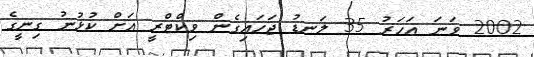
2002 ވަނަ އަހަރު 35 ލަނޑު ޖަހައިގެން ވިކްޓްރީ އަށް ކުޅުނު ގިނީގެ